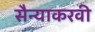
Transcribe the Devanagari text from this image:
सैन्याकरवी